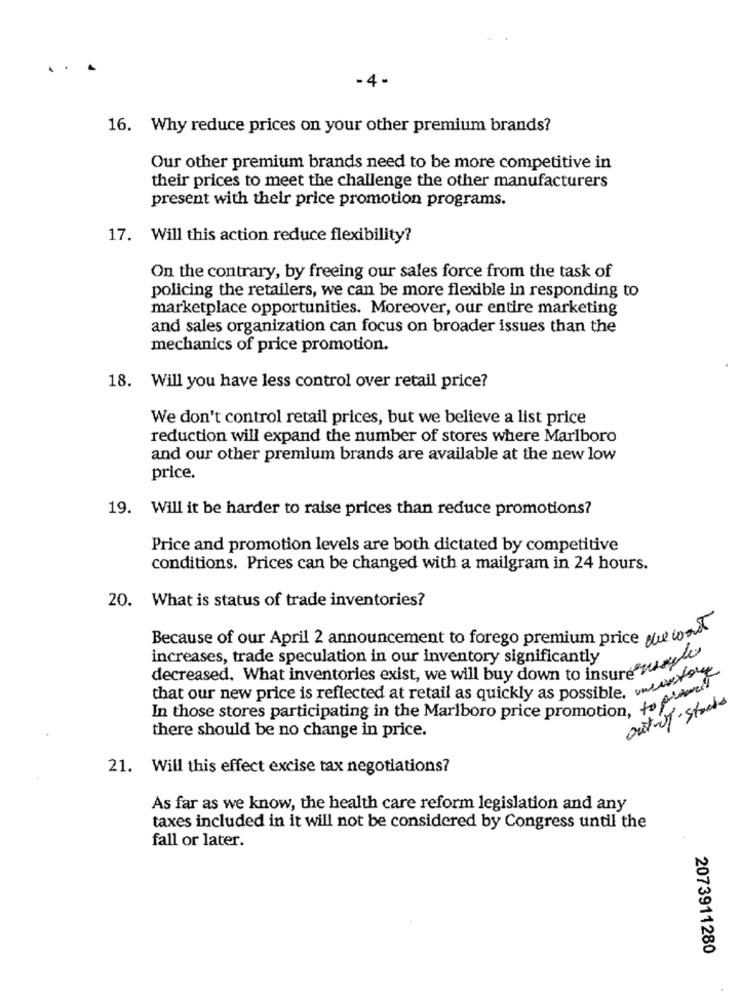
.
-4-
16. Why reduce prices on your other premium brands?
Our other premium brands need to be more competitive in
their prices to meet the challenge the other manufacturers
present with their price promotion programs.
17. Will this action reduce flexibility?
On the contrary, by freeing our sales force from the task of
policing the retailers, we can be more flexible in responding to
marketplace opportunities. Moreover, our entire marketing
and sales organization can focus on broader issues than the
mechanics of price promotion.
18. Will you have less control over retail price?
We don't control retail prices, but we believe a list price
reduction will expand the number of stores where Marlboro
and our other premium brands are available at the new low
price.
19. Will it be harder to raise prices than reduce promotions?
Price and promotion levels are both dictated by competitive
conditions. Prices can be changed with a mailgram in 24 hours.
20. What is status of trade inventories?
Because of our April 2 announcement to forego premium price que word
increases, trade speculation in our inventory significantly
decreased. What inventories exist, we will buy down to insure
that our new price is reflected at retail as quickly as possible,
outil· stacks
In those stores participating in the Marlboro price promotion, to f
there should be no change in price.
21. Will this effect excise tax negotiations?
As far as we know, the health care reform legislation and any
taxes included in it will not be considered by Congress until the
fall or later.
2073911280